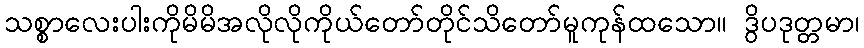
သစ္စာလေးပါးကိုမိမိအလိုလိုကိုယ်တော်တိုင်သိတော်မူကုန်ထသော။ ဒွိပဒုတ္တမာ၊